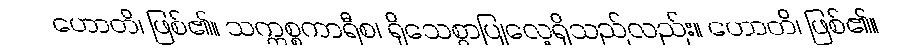
ဟောတိ၊ ဖြစ်၏။ သက္ကစ္စကာရီစ၊ ရိုသေစွာပြုလေ့ရှိသည်လည်း။ ဟောတိ၊ ဖြစ်၏။